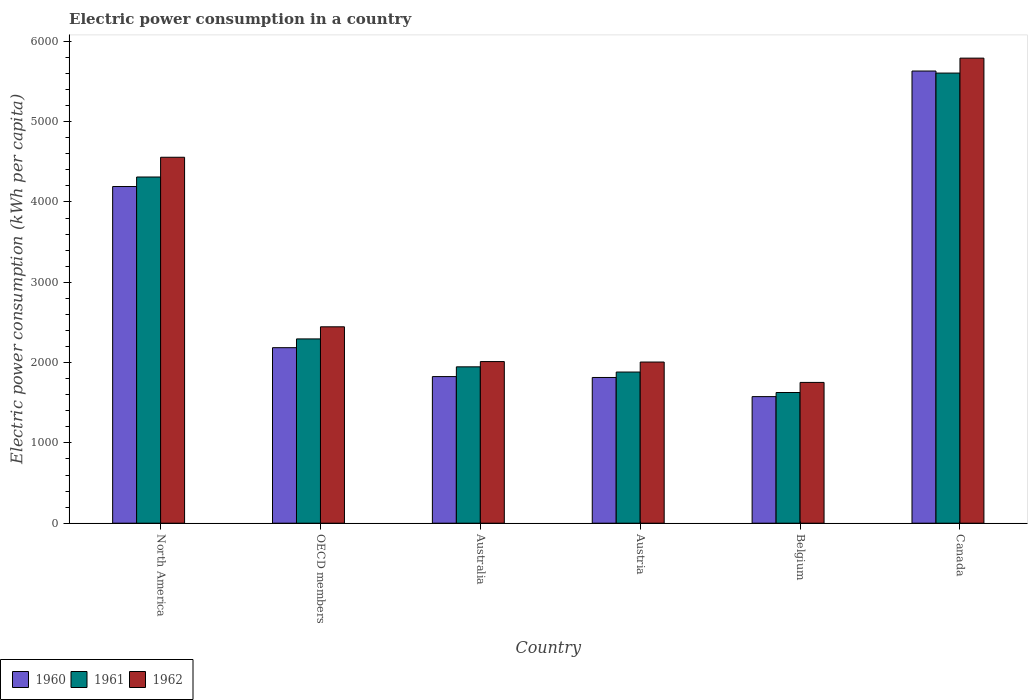
| Country | 1960 | 1961 | 1962 |
 | --- | --- | --- | --- |
 | North America | 4.19e+03 | 4.31e+03 | 4.56e+03 |
 | OECD members | 2.19e+03 | 2.29e+03 | 2.45e+03 |
 | Australia | 1.83e+03 | 1.95e+03 | 2.01e+03 |
 | Austria | 1.81e+03 | 1.88e+03 | 2.01e+03 |
 | Belgium | 1.58e+03 | 1.63e+03 | 1.75e+03 |
 | Canada | 5.63e+03 | 5.61e+03 | 5.79e+03 |